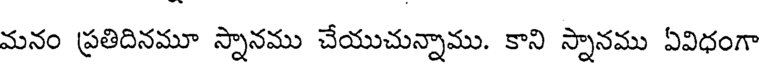
మనం ప్రతిదినమూ స్నానము చేయుచున్నాము. కాని స్నానము ఏవిధంగా